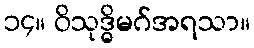
၁၄။ ဝိသုဒ္ဓိမဂ်အရသာ။